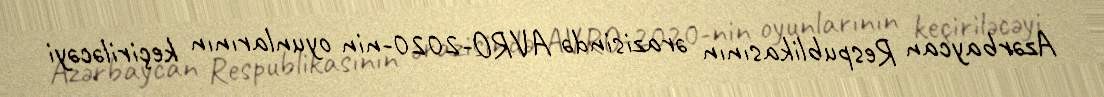
Azərbaycan Respublikasının ərazisində AVRO-2020-nin oyunlarının keçiriləcəyi